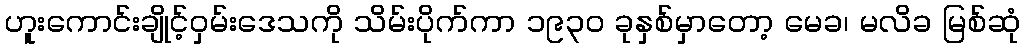
ဟူးကောင်းချိုင့်ဝှမ်းဒေသကို သိမ်းပိုက်ကာ ၁၉၃၀ ခုနှစ်မှာတော့ မေခ၊ မလိခ မြစ်ဆုံ